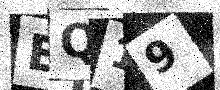
Text: EQ19